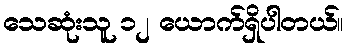
သေဆုံးသူ ၁၂ ယောက်ရှိပါတယ်။